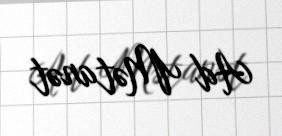
Ad Mətanət